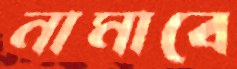
নামাবে